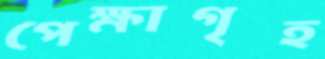
পেক্ষাগৃহ